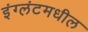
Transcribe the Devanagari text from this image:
इंग्लंटमधील